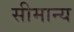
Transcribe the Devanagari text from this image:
सीमान्य